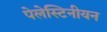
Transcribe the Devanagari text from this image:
पेलेस्टिनीयन